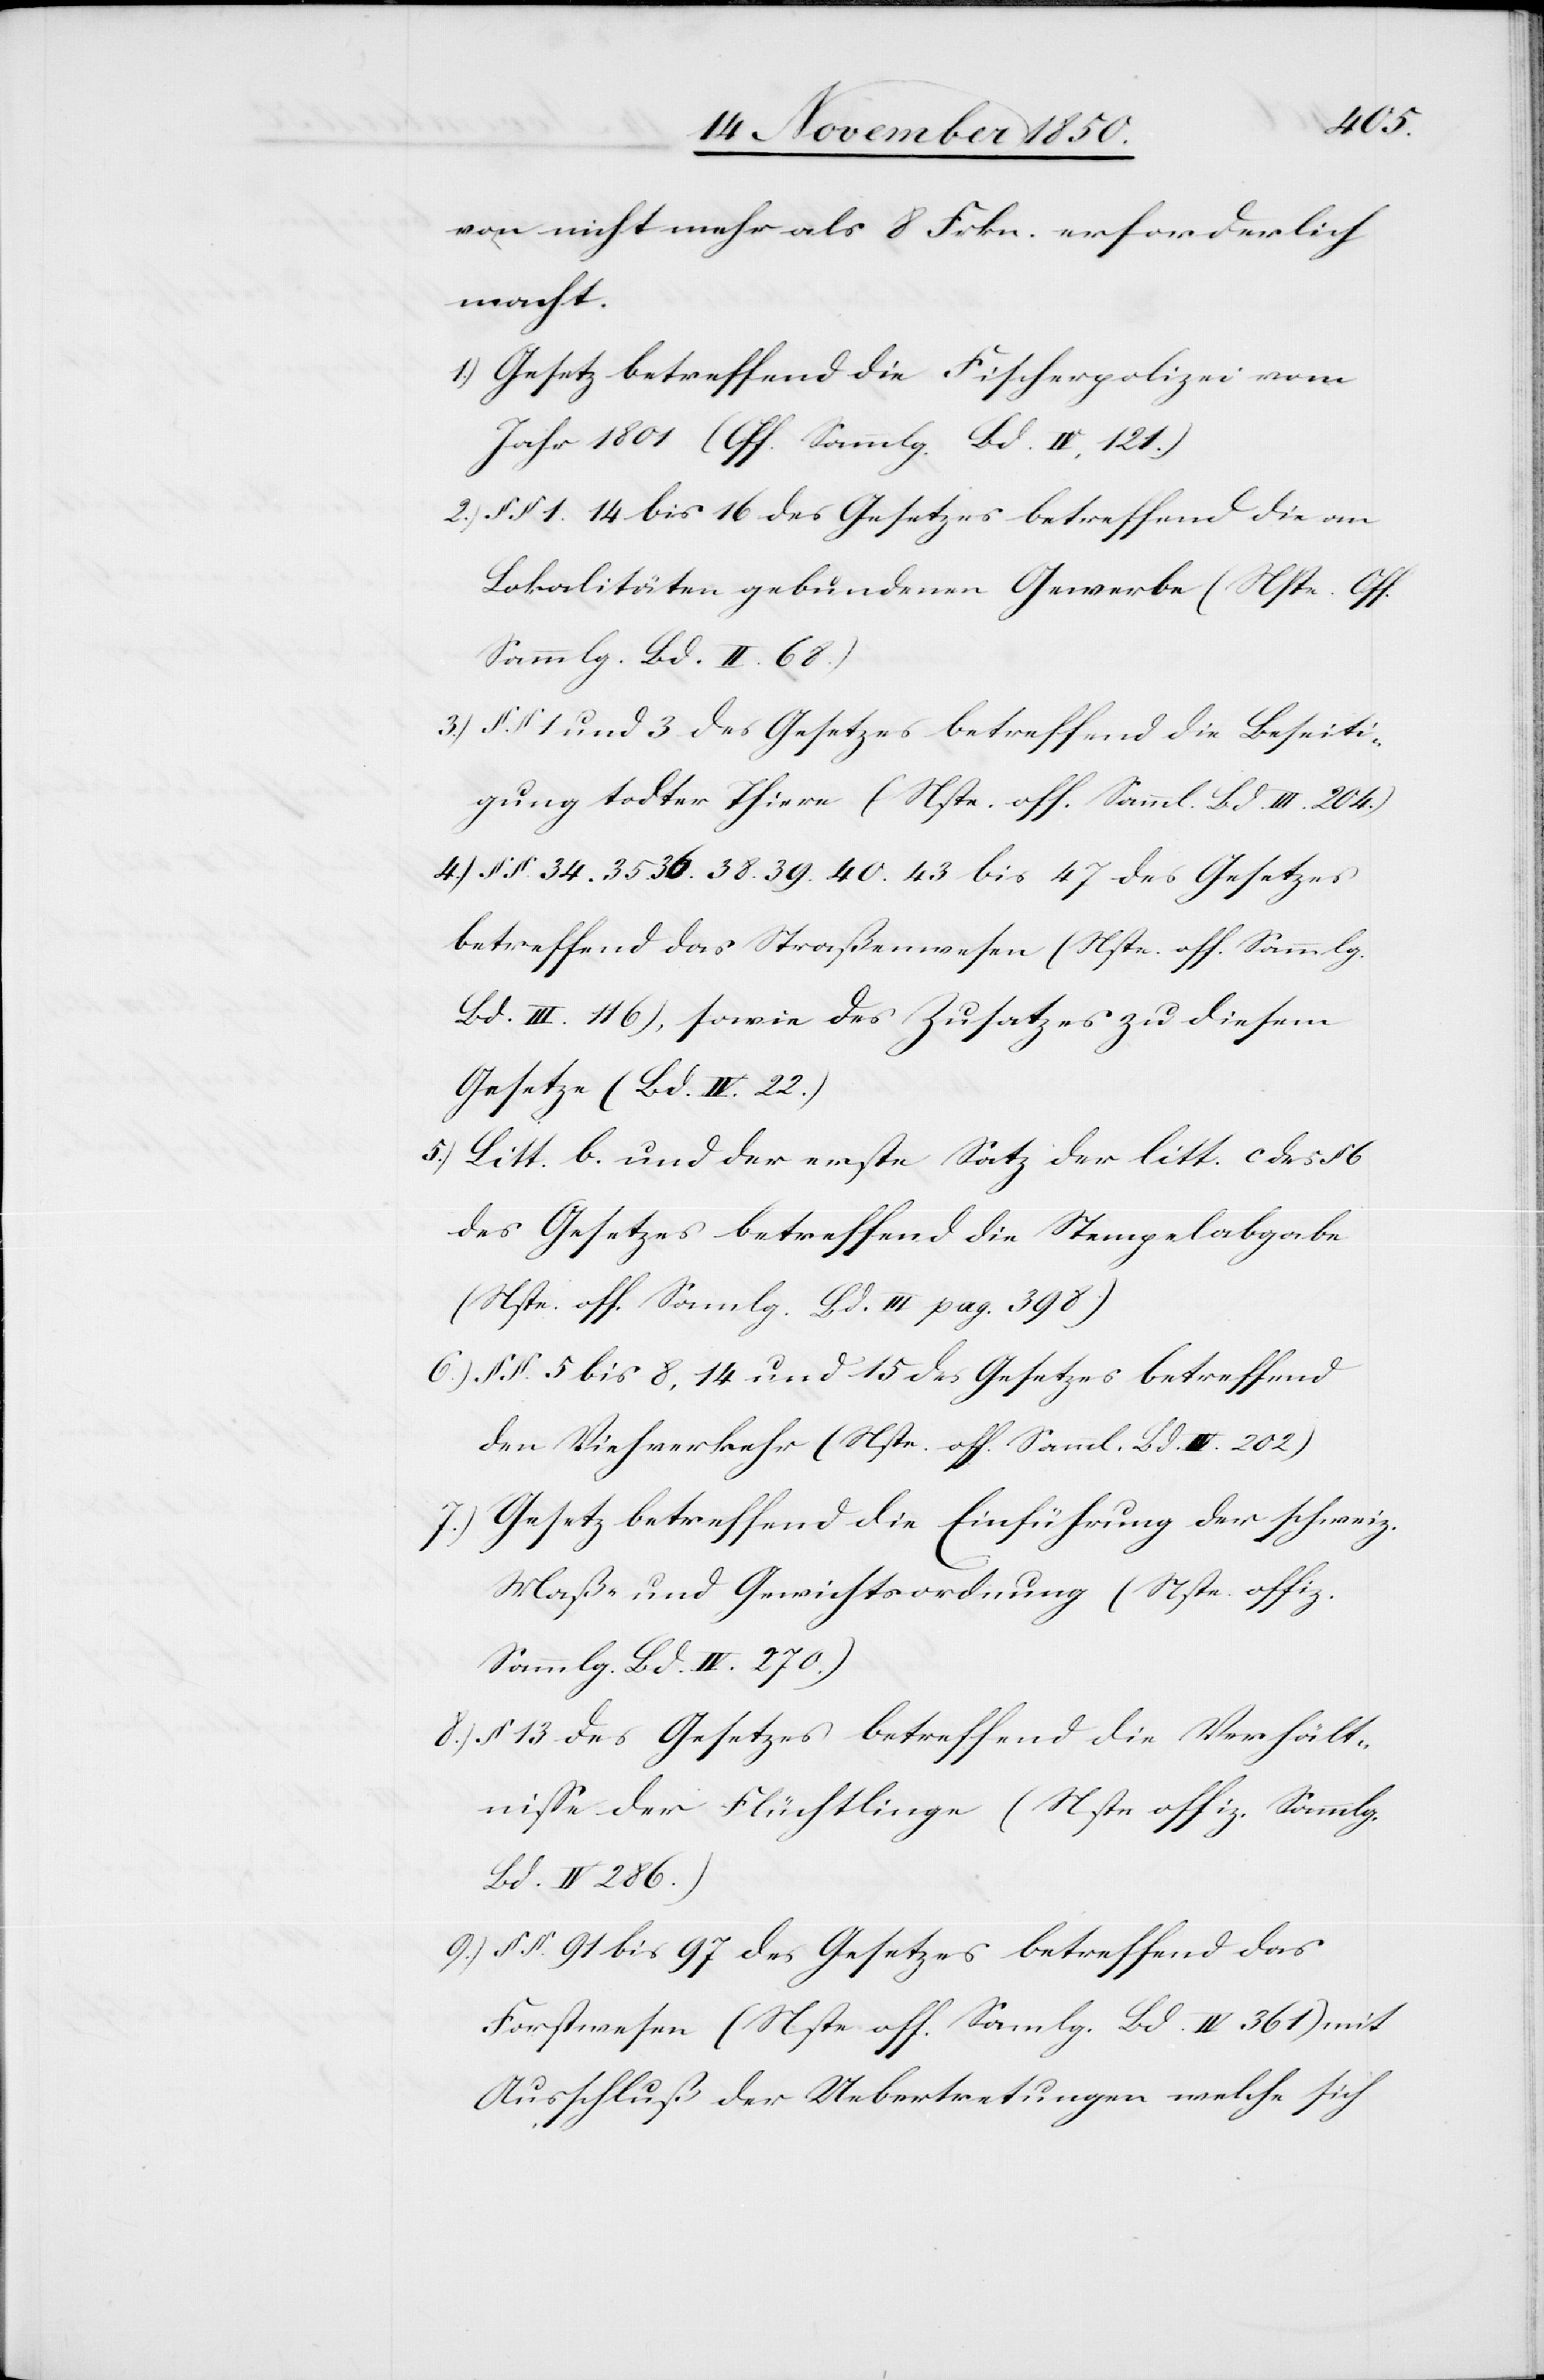
4.)
von nicht mehr als 8 Frkn. erforderlich
macht.
Gesetz betreffend die Fischerpolizei vom
Jahr 1801 (Off. Sammlg. Bd. II, 121.)
§ § 1.[,] 14 bis 16 des Gesetzes betreffend die an
Lokalitäten gebundenen Gewerbe (Nste. Off.
Sammlg. Bd. II. 68.)
§ § 1 und 3 des Gesetzes betreffend die Beseiti¬
gung todter Thiere (Nste. off. Sammlg. Bd. III. 204.)
§ § 34. 35. 36. 38. 39. 40. 43 bis 47 des Gesetzes
betreffend das Straßenwesen (Nste. off. Sammlg.
Bd. III. 116), sowie des Zusatzes zu diesem
Gesetze (Bd. IV. 22.)
Litt. b. und der erste Satz der litt. c des § 6
des Gesetzes betreffend die Stempelabgabe
(Nste. off. Sammlg. Bd. III pag. 398)
§ § 5 bis 8, 14 und 15 des Gesetzes betreffend
den Viehverkehr (Nste. off. Samml. Bd. IV. 202)
Gesetz betreffend die Einführung der schweiz.
Maß- und Gewichtsordnung (Nste. offiz.
Sammlg. Bd. IV. 270.)
§ 13 des Gesetzes betreffend die Verhält¬
nisse der Flüchtlinge (Nste offiz. Sammlg.
Bd. IV 286.)
§ § 91 bis 97 des Gesetzes betreffend das
Forstwesen (Nste off. Sammlg. Bd. IV 361) mit
Ausschluß der Uebertretungen welche sich